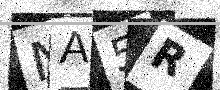
Text: NA5R